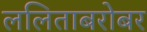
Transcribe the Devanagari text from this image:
ललिताबरोबर